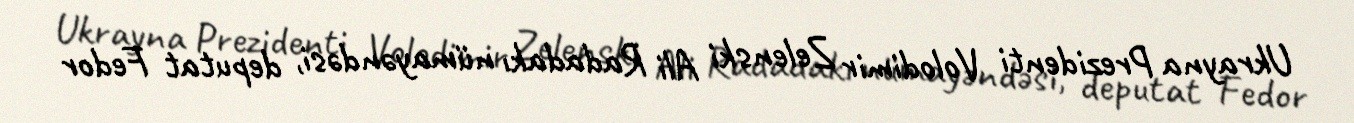
Ukrayna Prezidenti Volodimir Zelenski Ali Radadakı nümayəndəsi, deputat Fedor